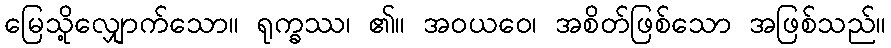
မြေသို့လျှောက်သော။ ရုက္ခဿ၊ ၏။ အဝယဝေ၊ အစိတ်ဖြစ်သော အဖြစ်သည်။